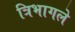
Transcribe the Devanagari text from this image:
त्रिभागले